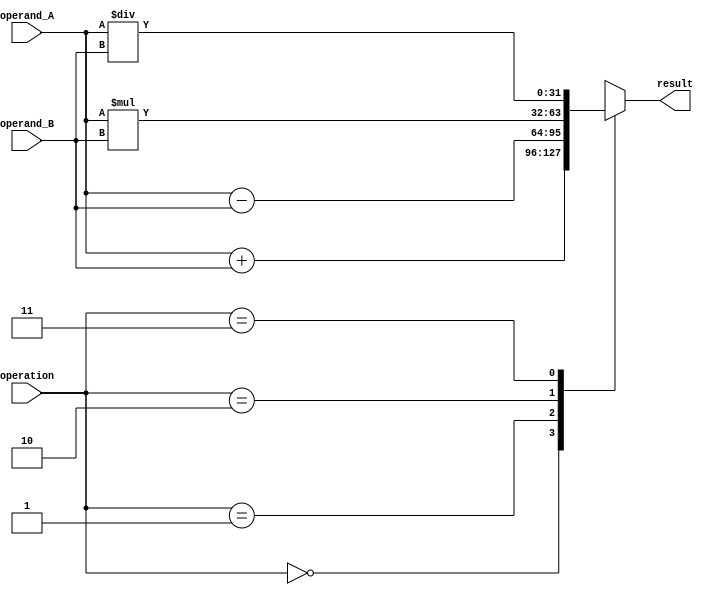
module floating_point_alu (
    input wire [31:0] operand_A,
    input wire [31:0] operand_B,
    input wire [2:0] operation,
    output reg [31:0] result
);

// Data path unit
reg [31:0] input_reg_A;
reg [31:0] input_reg_B;
reg [31:0] output_reg;

always @(*) begin
    input_reg_A = operand_A;
    input_reg_B = operand_B;
end

// Control unit
always @(*) begin
    case(operation)
        3'b000: // addition
            output_reg = input_reg_A + input_reg_B;
        3'b001: // subtraction
            output_reg = input_reg_A - input_reg_B;
        3'b010: // multiplication
            output_reg = input_reg_A * input_reg_B;
        3'b011: // division
            output_reg = input_reg_A / input_reg_B;
        default:
            output_reg = 32'hxxxxxxxx;
    endcase
end

// Arithmetic logic unit
always @(*) begin
    result = output_reg;
end

endmodule